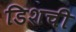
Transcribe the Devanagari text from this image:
डिशची